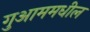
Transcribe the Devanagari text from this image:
गुआममधील